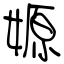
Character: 嫄